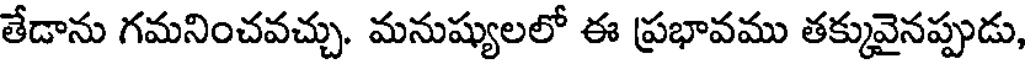
తేడాను గమనించవచ్చు. మనుష్యులలో ఈ ప్రభావము తక్కువైనప్పుడు,